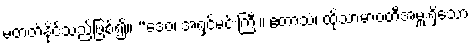
မတတ်နိုင်သည်ဖြစ်၍။ “ဒေဝ၊ အရှင်မင်းကြီး။ ဧတာသံ၊ ထိုသာမာဝတီအမှူးရှိသော